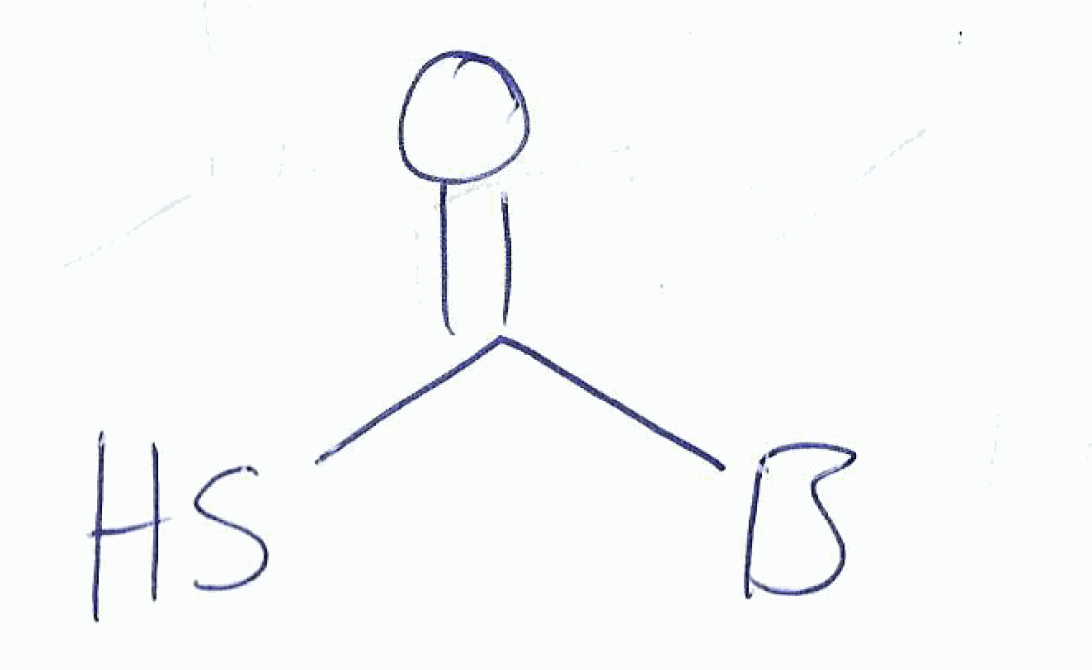
Simplified molecular-input line-entry system (SMILES) notation of the given molecule:
[B]C(=O)S